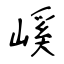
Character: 嵠